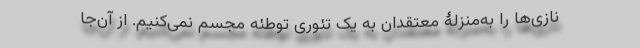
نازی‌ها را به‌منزلۀ معتقدان به یک تئوری توطئه مجسم نمی‌کنیم. از آن‌جا